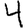
Digit: 4